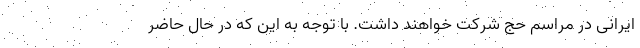
ایرانی در مراسم حج شرکت خواهند داشت. با توجه به این که در حال حاضر